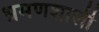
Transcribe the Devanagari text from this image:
भ्रमणशाली